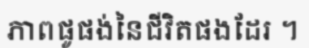
ភាពផូផង់នៃជីវិតផងដែរ ។